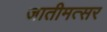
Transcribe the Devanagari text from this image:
जातीमत्सर